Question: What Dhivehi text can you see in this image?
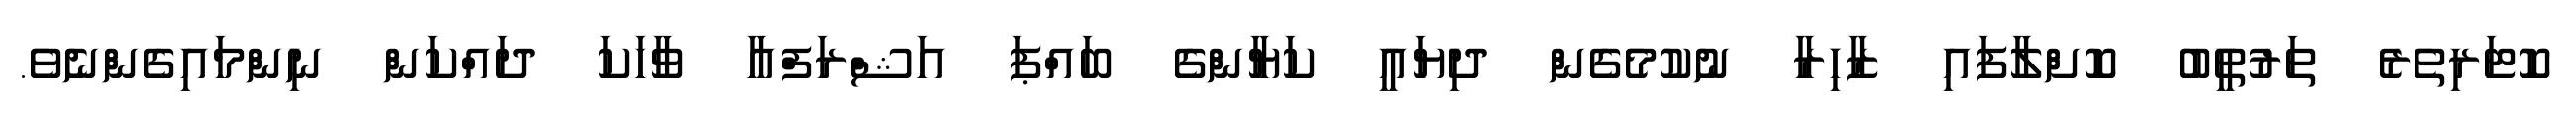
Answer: ކޮޓަރިތެރެ ތަރުތީބު ކޮށްލާފައި ޒާހިރާ ނުކުމެގެން ދިޔައީ ކަޔާންގެ ބައްޕަ އަޝްރަފްއާ ވާހަކަ ދައްކަން ނިންމައިގެންނެވެ.